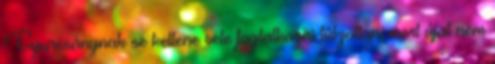
Gyurcsánynak se kellene vele foglalkozni túlzottan, mert újat nem